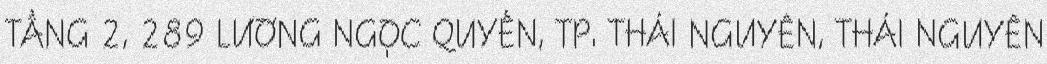
TẦNG 2, 289 LƯƠNG NGỌC QUYẾN, TP. THÁI NGUYÊN, THÁI NGUYÊN